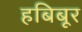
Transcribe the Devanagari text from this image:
हबिबूर